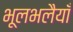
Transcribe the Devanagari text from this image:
भूलभलैयाँ